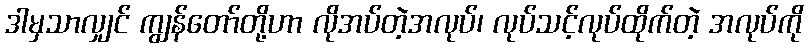
ဒါမှသာလျှင် ကျွန်တော်တို့ဟာ လိုအပ်တဲ့အလုပ်၊ လုပ်သင့်လုပ်ထိုက်တဲ့ အလုပ်ကို